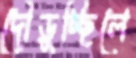
দৌড়ুচ্ছিলে